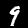
Label: 9